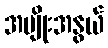
အမျိုးအနွယ်